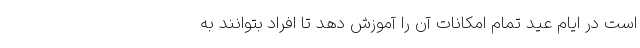
است در ایام عید تمام امکانات آن را آموزش دهد تا افراد بتوانند به